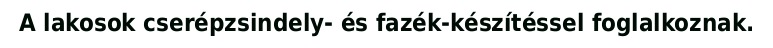
A lakosok cserépzsindely- és fazék-készítéssel foglalkoznak.